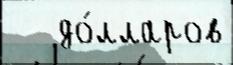
   до́лларов